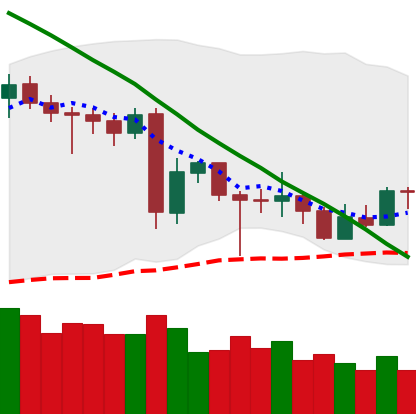
Ticker: LTC-USD
Chart end date: 2020-06-23
Forward return: -6.272%
Label: down_5_7